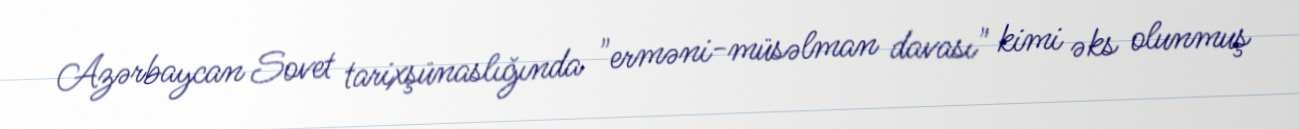
Azərbaycan Sovet tarixşünaslığında "erməni-müsəlman davası" kimi əks olunmuş